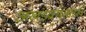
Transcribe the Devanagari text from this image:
अखंडव्रतासारखे